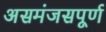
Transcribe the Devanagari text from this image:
असमंजसपूर्ण